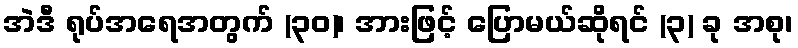
အဲဒီ ရုပ်အရေအတွက် (၃၀)၊ အားဖြင့် ပြောမယ်ဆိုရင် (၃) ခု အစု၊